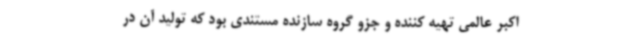
اکبر عالمی تهیه کننده و جزو گروه سازنده مستندی بود که تولید آن در